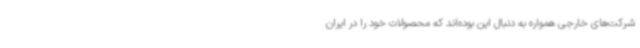
شرکت‌های خارجی همواره به دنبال این بوده‌اند که محصولات خود را در ایران